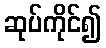
ဆုပ်ကိုင်၍